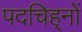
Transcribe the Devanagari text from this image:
पदचिह्‌नों